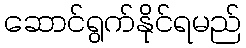
ဆောင်ရွက်နိုင်ရမည်